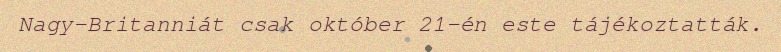
Nagy-Britanniát csak október 21-én este tájékoztatták.